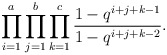
\begin{align*} \prod _{i=1} ^{a}\prod _{j=1} ^{b}\prod _{k=1} ^{c}\frac {1-q^{i+j+k-1}} {1-q^{i+j+k-2}}.\end{align*}